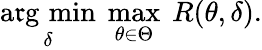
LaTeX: {\underset{\delta}{\operatorname{a\mathfrak{r}g\, min}}}\ \operatorname*{max}_{\theta\in\Theta}\ R(\theta,\delta).